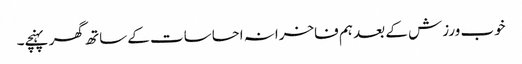
خوب ورزش کے بعد ہم فاخرانہ احساسات کے ساتھ گھر پہنچے۔